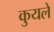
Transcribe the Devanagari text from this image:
कुयले